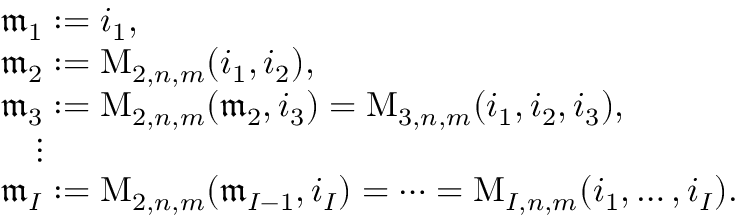
\begin{array} { r l } & { \mathfrak { m } _ { 1 } : = i _ { 1 } , } \\ & { \mathfrak { m } _ { 2 } : = \mathrm { M } _ { 2 , n , m } ( i _ { 1 } , i _ { 2 } ) , } \\ & { \mathfrak { m } _ { 3 } : = \mathrm { M } _ { 2 , n , m } ( \mathfrak { m } _ { 2 } , i _ { 3 } ) = \mathrm { M } _ { 3 , n , m } ( i _ { 1 } , i _ { 2 } , i _ { 3 } ) , } \\ & { \quad \vdots } \\ & { \mathfrak { m } _ { I } : = \mathrm { M } _ { 2 , n , m } ( \mathfrak { m } _ { I - 1 } , i _ { I } ) = \cdots = \mathrm { M } _ { I , n , m } ( i _ { 1 } , \ldots , i _ { I } ) . } \end{array}